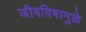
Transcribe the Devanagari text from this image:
जीवविषामुळे